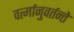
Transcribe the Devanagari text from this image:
वर्त्मानुवर्तन्ते